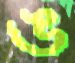
ঙ